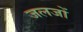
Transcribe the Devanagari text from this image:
जलजों